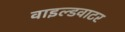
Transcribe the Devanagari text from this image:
वाइल्डवाटर